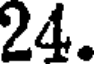
24.